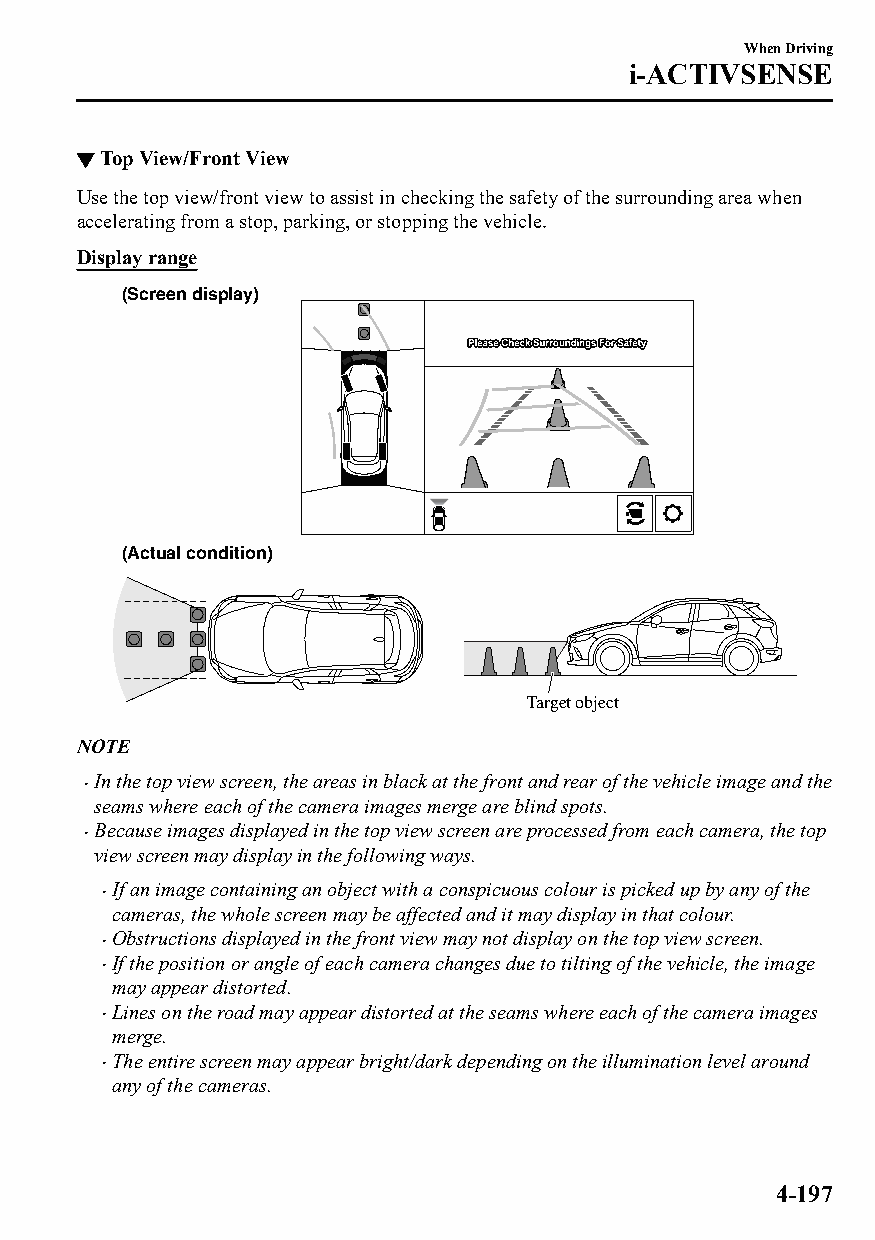
When Driving
 i-ACTIVSENSE
 ▼Top View/Front View
 Use the top view/front view to assist in checking the safety of the surrounding area when
 accelerating from a stop, parking, or stopping the vehicle.
 Display range
 (Screen display)
 (Actual condition)
 Target object
 NOTE
 In the top view screen, the areas in black at the front and rear of the vehicle image and the
 
 seams where each of the camera images merge are blind spots.
 Because images displayed in the top view screen are processed from each camera, the top
 
 view screen may display in the following ways.
 If an image containing an object with a conspicuous colour is picked up by any of the
 
 cameras, the whole screen may be affected and it may display in that colour.
 Obstructions displayed in the front view may not display on the top view screen.
 
 If the position or angle of each camera changes due to tilting of the vehicle, the image
 
 may appear distorted.
 Lines on the road may appear distorted at the seams where each of the camera images
 
 merge.
 The entire screen may appear bright/dark depending on the illumination level around
 
 any of the cameras.
 4-197
 CX-3_8GT4-EE-18D_Edition4                  2018-9-6 18:32:19